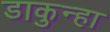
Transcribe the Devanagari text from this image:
डाकुन्हा